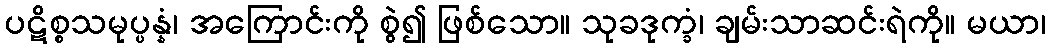
ပဋိစ္စသမုပ္ပန္နံ၊ အကြောင်းကို စွဲ၍ ဖြစ်သော။ သုခဒုက္ခံ၊ ချမ်းသာဆင်းရဲကို။ မယာ၊